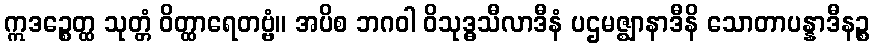
ဣဒဉ္စေတ္ထ သုတ္တံ ဝိတ္ထာရေတဗ္ဗံ။ အပိစ ဘဂဝါ ဝိသုဒ္ဓသီလာဒီနံ ပဌမဇ္ဈာနာဒီနိ သောတာပန္နာဒီနဉ္စ